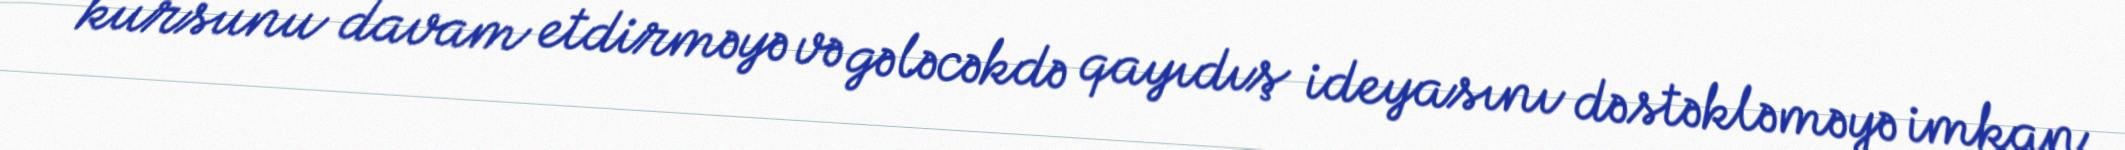
kursunu davam etdirməyə və gələcəkdə qayıdış ideyasını dəstəkləməyə imkan